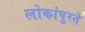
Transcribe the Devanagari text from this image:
लोकांपुरते